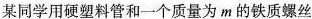
某同学用硬塑料管和一个质量为m的铁质螺丝